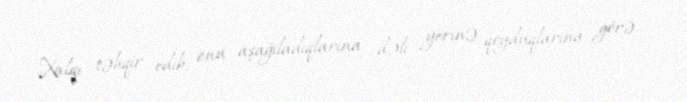
Xalqı təhqir edib, onu aşağıladıqlarına, dəli yerinə qoyduqlarına görə..